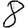
Digit: 8